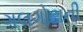
ગલગોટાની